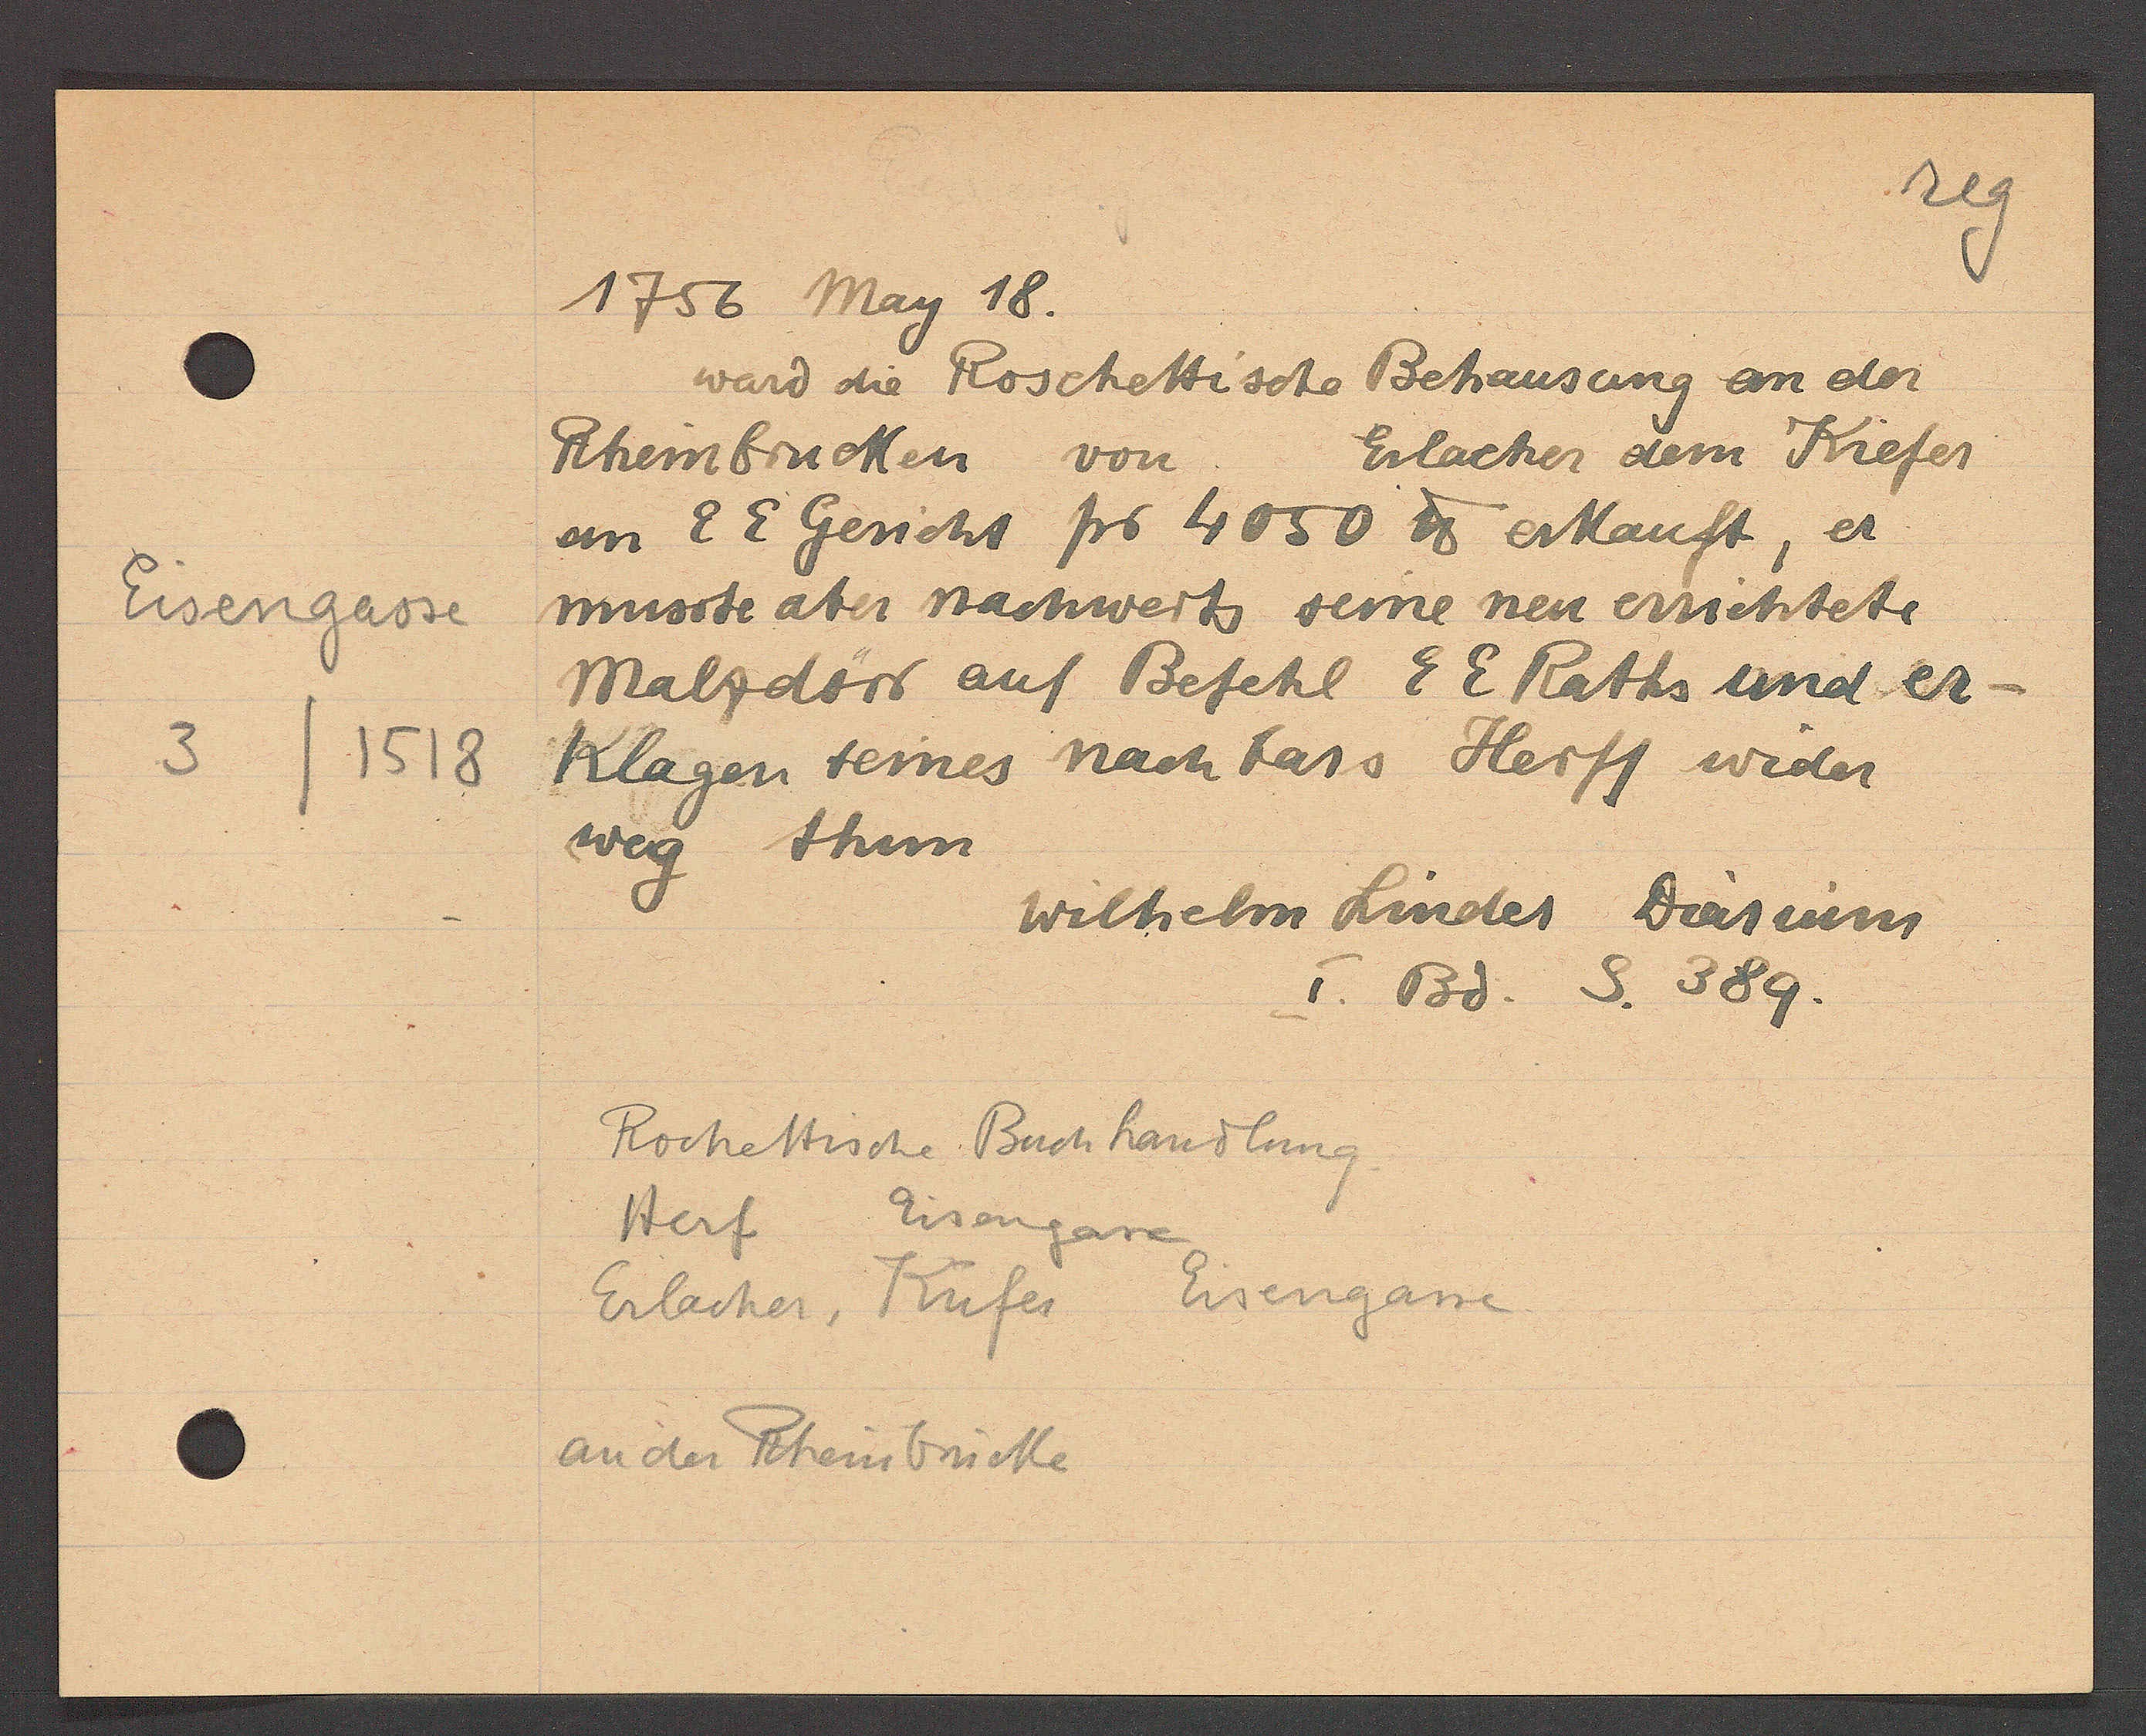
Transcript:
Eisengasse
3/
1518

1756 May 18.

ward die Roschettische Behausung an der
Rheinbrucken von Erlacher dem Kiefer
an E E Gericht pro 4050 ℔ erkauft, er
musste aber nachwerts seine neu errichtete
Malzdörr auf Befehl E E Raths und er
klagen seines nachbars Herff wider
weg thun

Wilhelm Linder Diarium
I. Bd. S. 389.

Roschettische Buchhandlung.
Herf Eisengasse
Eisengasse
Erlacher, Küfer
an der Rheinbrücke